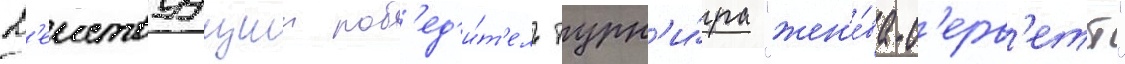
Д'еиствуущии поб'ед'и́т'ель турн'и́ра "жен'е́ва-с'ерв'етт"